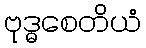
ဗုဒ္ဓစေတိယံ